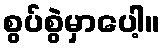
စွပ်စွဲမှာပေါ့။